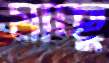
মাচ্ছু